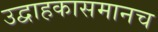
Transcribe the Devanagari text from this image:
उद्वाहकासमानच